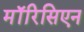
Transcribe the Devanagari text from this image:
मॉरिसिएन